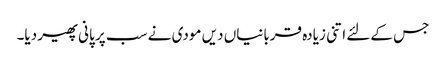
جس کےلئے اتنی زیادہ قربانیاں دیں مودی نے سب پر پانی پھیر دیا۔